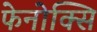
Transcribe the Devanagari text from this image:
फेनोक्सि